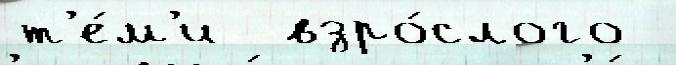
т'е́м'и  взро́слого